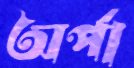
অর্পা